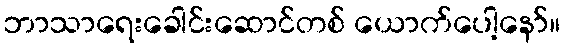
ဘာသာရေးခေါင်းဆောင်တစ် ယောက်ပေါ့နော်။